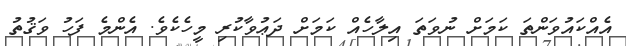
އެއްކައުވަންތަ ކަމަށް ނުވަތަ އިލާހެއް ކަމަށް ދަޢުވާކުރި މީހެކެވެ. އެންމެ ފަހު ވަޤުތު